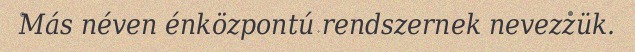
Más néven énközpontú rendszernek nevezzük.